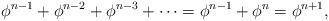
LaTeX: \begin{align*}\phi^{n-1}+\phi^{n-2}+\phi^{n-3}+\cdots=\phi^{n-1}+\phi^{n}=\phi^{n+1}\mbox{,}\end{align*}